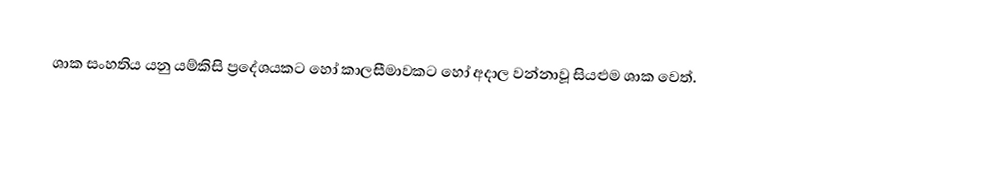
ශාක සංහතිය යනු යම්කිසි ප්‍රදේශයකට හෝ කාලසීමාවකට හෝ අදාල වන්නාවූ සියළුම ශාක වෙත්.